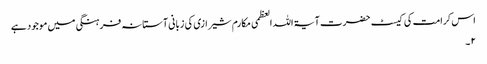
اس کرامت کی کیسٹ حضرت آیۃ اللہ العظمی مکارم شیرازی کی زبانی آستانہ فرہنگی میں موجود ہے
۲ ۔